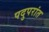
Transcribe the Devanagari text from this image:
पदुपरांत